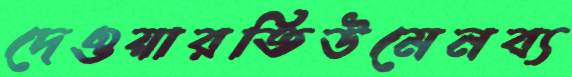
দেওয়ারতিউমেনব্য